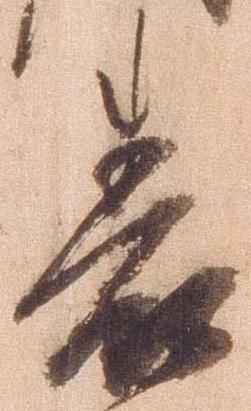
表